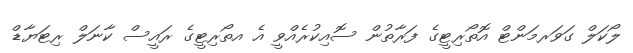
ލޯކަލް ގަވަރމަންޓް އޮތޯރިޓީގެ ފަރާތުން ސޮއިކުރެއްވީ އެ އތޯރިޓީގެ ރައީސް ކާނަލް ރިޓަޔާޑް